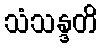
သံသန္ဒတိ